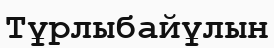
Тұрлыбайұлын